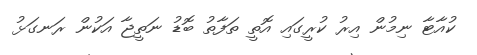
ކުއާޓާ ނިމުން އިރު ކުރީގައި އޮތީ ތަފާތު ބޮޑު ނަތީޖާ އަކުން ރަނގަޅު